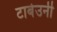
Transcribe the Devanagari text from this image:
टाबेउनी